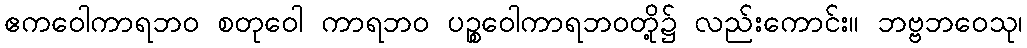
ဧကဝေါကာရဘဝ စတုဝေါ ကာရဘဝ ပဉ္စဝေါကာရဘဝတို့၌ လည်းကောင်း။ ဘဗ္ဗဘဝေသု၊